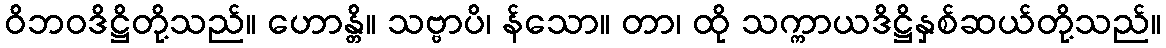
ဝိဘဝဒိဋ္ဌိတို့သည်။ ဟောန္တိ။ သဗ္ဗာပိ၊ န်သော။ တာ၊ ထို သက္ကာယဒိဋ္ဌိနှစ်ဆယ်တို့သည်။